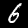
Label: 6